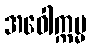
အဝေါက္ကမ္မ